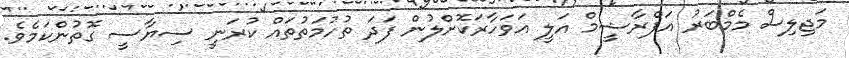
މަޖިލިސް މެމްބަރު އަފްރާޝީމް އަލީ އަވަހާރަކޮށްލުން ފަދަ ތުހުމަތުތައް ކުރަނީ ސިޔާސީ ގޮތުންކަމެވެ.